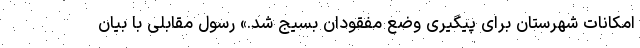
امکانات شهرستان برای پیگیری وضع مفقودان بسیج شد.» رسول مقابلی با بیان